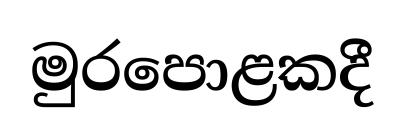
මුරපොළකදී